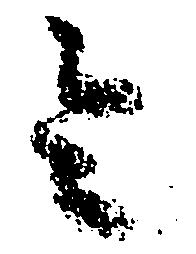
令